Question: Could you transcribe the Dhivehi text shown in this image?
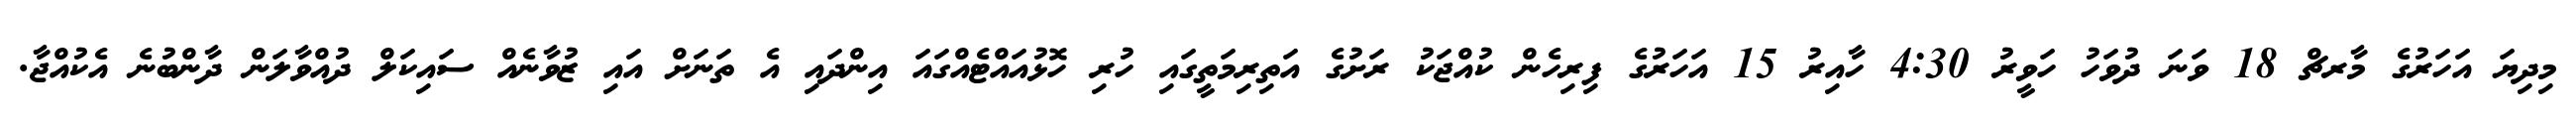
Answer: މިދިޔަ އަހަރުގެ މާރޗް 18 ވަނަ ދުވަހު ހަވީރު 4:30 ހާއިރު 15 އަހަރުގެ ފިރިހެން ކުއްޖަކު ރަށުގެ އަތިރިމަތީގައި ހުރި ހޮޅުއައްޓެއްގައަ އިންދައި އެ ތަނަށް އައި ޒުވާނެއް ސައިކަލް ދުއްވާލަން ދާންބުނެ އެކުއްޖާ.